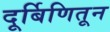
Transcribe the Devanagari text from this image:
दूर्बिणितून